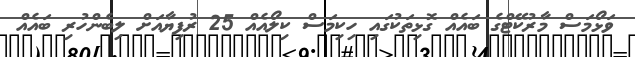
ވަޅޯމަސް މާރުކޭޓްގެ ބައެއް ގޮޅިތަކުގައި ހިކިމަސް ކިލޯއެއް 25 ރުފިޔާއަށް ލިބެންހުރި ބައެއް